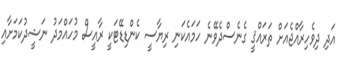
އަދި ދިވެހިރާއްޖެއަށް ތަރައްޤީ ގެނެސްދެވޭނެ ހަމައެކަނި ރިޔާސީ ކެންޑިޑޭޓަކީ ރާއީސް މުހައްމަދު ނަޝީދުކަމަށާއި